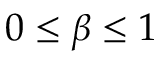
0 \leq \beta \leq 1